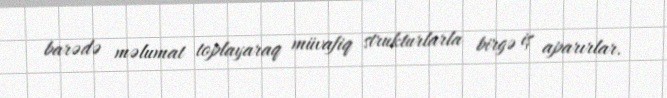
barədə məlumat toplayaraq müvafiq strukturlarla birgə iş aparırlar.